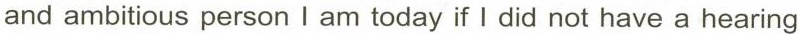
and ambitious person I am today if I did not have a hearing